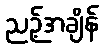
ညဉ့်အချိန်